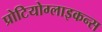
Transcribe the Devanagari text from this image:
प्रोटियोग्लाइकन्स